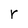
Character: r